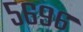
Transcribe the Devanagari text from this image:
५६९६